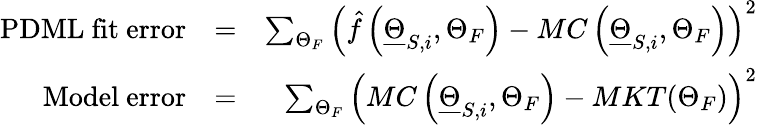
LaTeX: \begin{array}{rlr}{\mathrm{PDML~fit~error}}&{=}&{\sum_{\Theta_{F}}\left(\hat{f}\left(\underline{{\Theta}}_{S,i},\Theta_{F}\right)-MC\left(\underline{{\Theta}}_{S,i},\Theta_{F}\right)\right)^{2}}\\ {\mathrm{Model~error}}&{=}&{\sum_{\Theta_{F}}\left(MC\left(\underline{{\Theta}}_{S,i},\Theta_{F}\right)-MKT(\Theta_{F})\right)^{2}}\end{array}